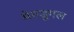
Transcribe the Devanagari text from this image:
मेगडूगल